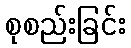
စုစည်းခြင်း